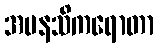
အမနသိကရောတာ